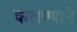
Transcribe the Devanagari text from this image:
कलण्याने